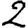
Digit: 2